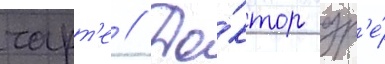
чарт'е // До́ктор др'е́